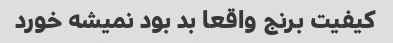
کیفیت برنج واقعا بد بود نمیشه خورد